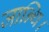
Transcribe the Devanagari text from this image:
जान्थि।